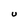
Character: U